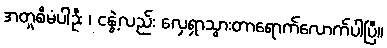
အတူစီမံပါဦး ၊ ငနွဲ့လည်း လှေရှာသွားတာရောက်လောက်ပါပြီ။